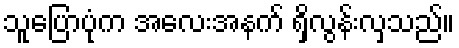
သူပြောပုံက အလေးအနက် ရှိလွန်းလှသည်။